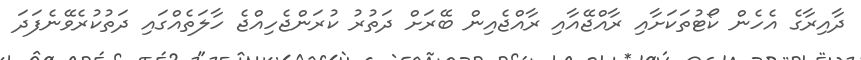
ދާއިރާގެ އެހެން ކޯޓުތަކަށާއި ރާއްޖޭއާއި ރާއްޖެއިން ބޭރަށް ދަތުރު ކުރަންޖެހިއްޖެ ހާލަތެއްގައި ދަތުކުރެވޭނެފަދަ